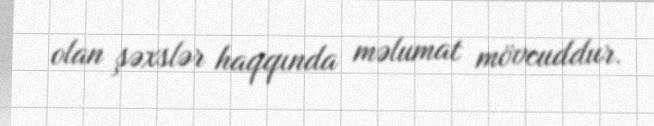
olan şəxslər haqqında məlumat mövcuddur.